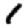
Digit: 1